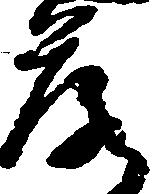
落